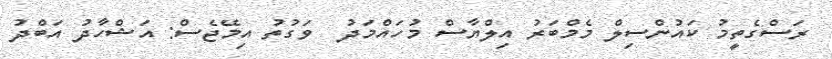
ރަސްގެތީމު ކައުންސިލް މެމްބަރު އިލްޔާސް މުހައްމަދު  ވަގުތު އިމޭޖެސް: އަޝްހާދު އަބްދު